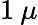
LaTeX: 1\: \mu